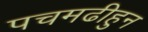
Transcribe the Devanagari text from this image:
पचमढीहुन